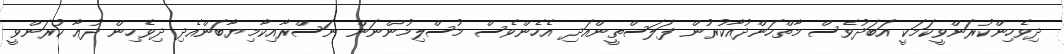
ދިވެހިންކުރަންވީކަމަކީ އަބަދުވެސް މާތްހަންދުއާކުރުން ފަލަސްތީންއަދި އެހެންވެސް މުސްލިމުންނަން ނަސްރާއިކާމިޔާބަންއެދި ދިވެހިން ދުޢާ ކުރަންވީ